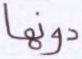
دونها